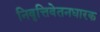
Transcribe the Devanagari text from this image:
निवृत्तिवेतनधारक